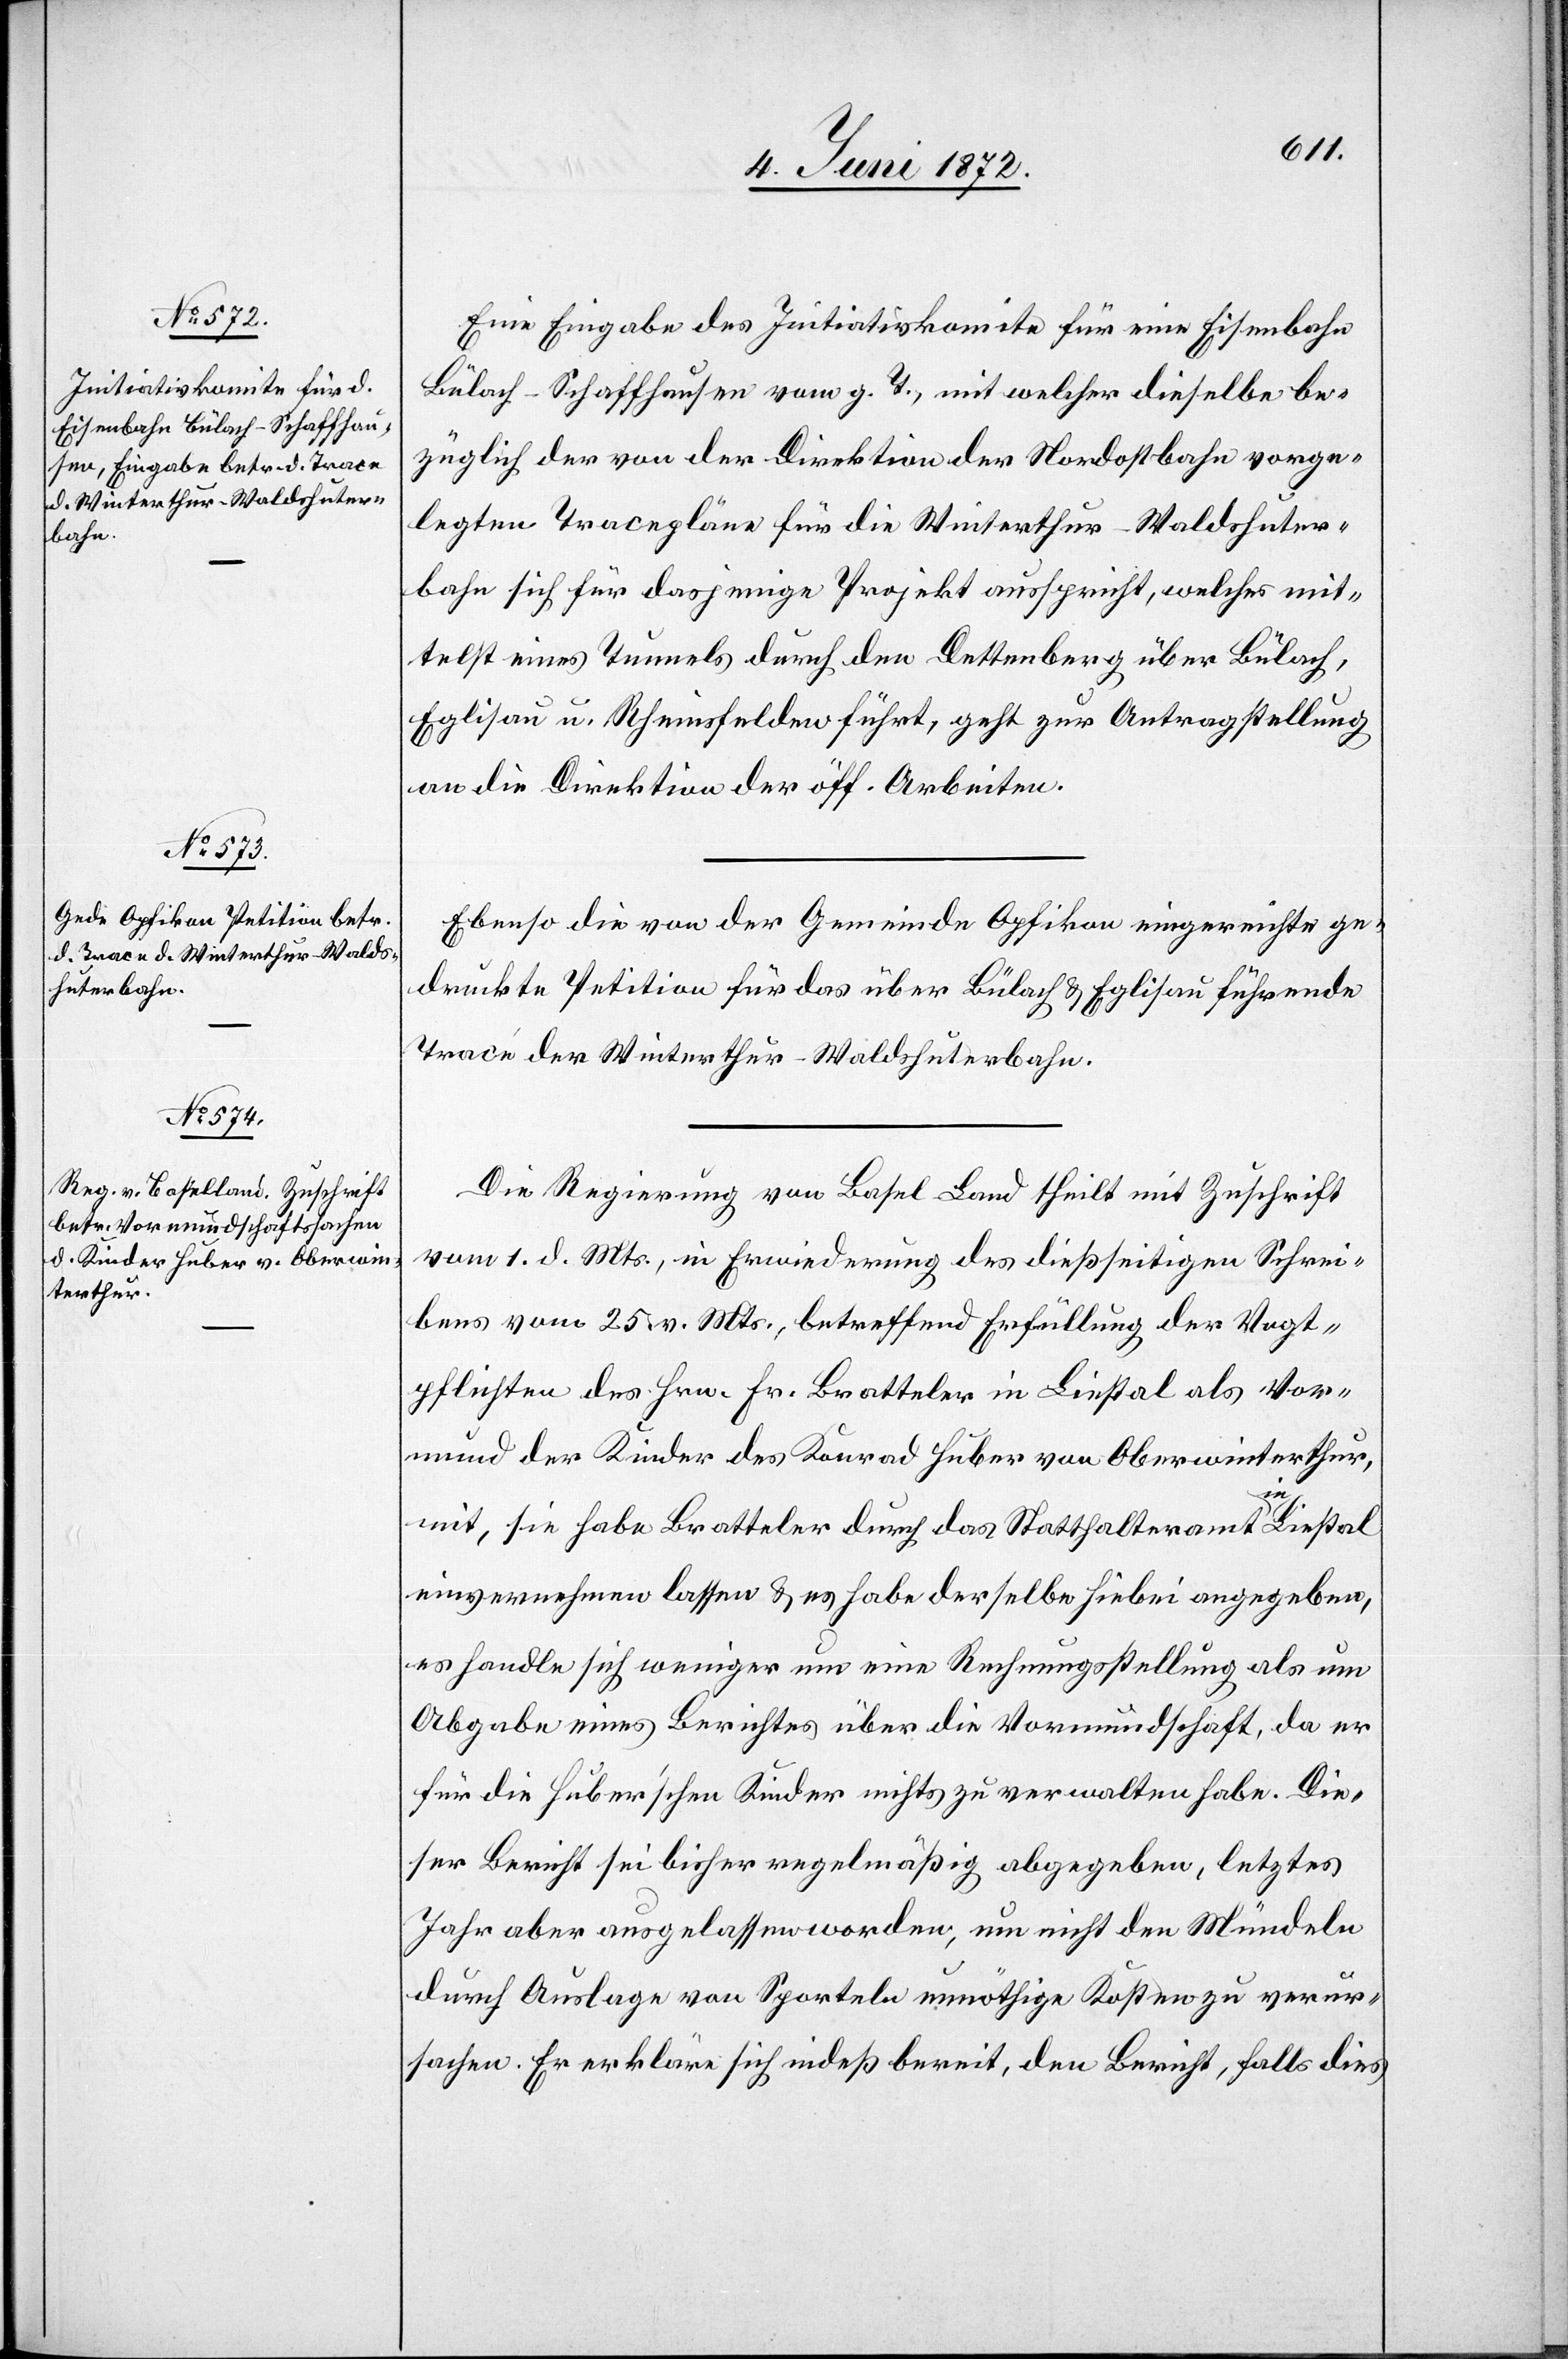
5. Juni 1872.]
Eine Eingabe des Initiativkomite für eine Eisenbahn
Bülach–Schaffhausen vom g. T., mit welcher dieselbe be¬
züglich der von der Direktion der Nordostbahn vorge¬
legten Tracepläne für die Winterthur–Waldshuter¬
bahn sich für dasjenige Projekt ausspricht, welches mit¬
telst eines Tunnels durch den Dettenberg über Bülach,
Eglisau u. Rheinsfelden führt, geht zur Antragstellung
an die Direktion der öff. Arbeiten.
Ebenso die von der Gemeinde Opfikon eingereichte ge¬
druckte Petition für das über Bülach u. Eglisau führende
Tracé der Winterthur–Waldshuterbahn.
Die Regierung von Basel Land theilt mit Zuschrift
vom 1. d. Mts., in Erwiederung des dießseitigen Schrei¬
bens vom 25. v. Mts., betreffend Erfüllung der Vogt¬
pflichten des Hrn. Fr. Bratteler in Liestal als Vor¬
mund der Kinder des Konrad Huber von Oberwinterthur,
mit, sie habe Bratteler durch das Statthalteramt in Liestal
einvernehmen lassen u. es habe derselbe hiebei angegeben,
es handle sich weniger um eine Rechnungsstellung als um
Abgabe eines Berichtes über die Vormundschaft, da er
für die Huber’schen Kinder nichts zu verwalten habe. Die¬
ser Bericht sei bisher regelmäßig abgegeben, letztes
Jahr aber ausgelassen worden, um nicht den Mündeln
durch Auslage von Sporteln unnöthige Kosten zu verur¬
sachen. Er erkläre sich indeß bereit, den Bericht, falls dies